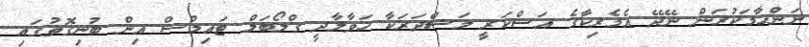
ނަންހާމަކުރަން ނޭދޭ އެމެރިކާގެ އަސްކަރީ މަސްދަރަކާ ހަވާލާދީ ގްލޯބަލް ޓައިމްސް އިން ބުނިގޮތުގައި